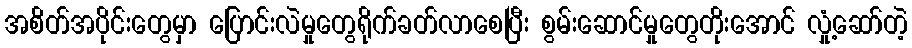
အစိတ်အပိုင်းတွေမှာ ပြောင်းလဲမှုတွေရိုက်ခတ်လာစေပြီး စွမ်းဆောင်မှုတွေတိုးအောင် လှုံ့ဆော်တဲ့